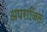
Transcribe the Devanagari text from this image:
अपराजितः